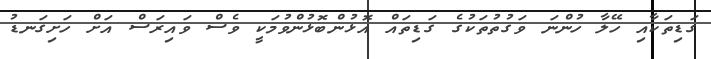
ގަޑިތަކާއި ހޭލާ ހުންނަ ވަގުތުތަކުގެ ގަޑިތައް އޮޅުންބޮޅުންވުމަކީ ވެސް ވައިރަސް އަށް ހަށިގަނޑު